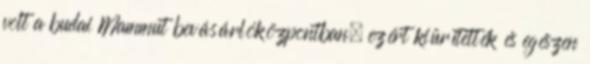
volt a budai Mammut bevásárlóközpontban, ezért kiürítették és egészen